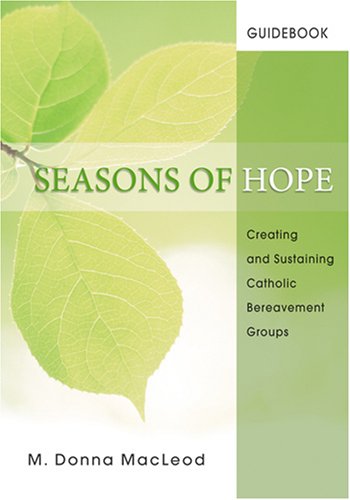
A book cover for Seasons of Hope Guidebook: Creating and Sustaining Catholic Bereavement Groups (Season of Hope Participant's Journals); M. Donna MacLeod; Christian Books & Bibles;